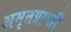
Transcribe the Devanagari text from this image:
अमृतप्राप्ती